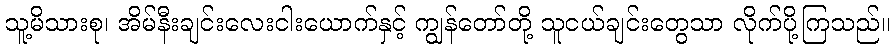
သူ့မိသားစု၊ အိမ်နီးချင်းလေးငါးယောက်နှင့် ကျွန်တော်တို့ သူငယ်ချင်းတွေသာ လိုက်ပို့ကြသည်။